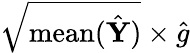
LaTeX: \sqrt{\mathrm{mean}(\hat{\mathbf Y})}\times\hat{g}